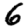
Digit: 6